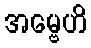
အမ္ဗေဟိ